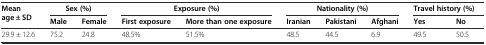
<table><thead><tr><td rowspan="2"><b>Mean age ± SD</b></td><td colspan="2"><b>Sex (%)</b></td><td colspan="2"><b>Exposure (%)</b></td><td colspan="3"><b>Nationality (%)</b></td><td colspan="2"><b>Travel history (%)</b></td></tr><tr><td><b>Male</b></td><td><b>Female</b></td><td><b>First exposure</b></td><td><b>More than one exposure</b></td><td><b>Iranian</b></td><td><b>Pakistani</b></td><td><b>Afghani</b></td><td><b>Yes</b></td><td><b>No</b></td></tr></thead><tbody><tr><td>29.9 ± 12.6</td><td>75.2</td><td>24.8</td><td>48.5%</td><td>51.5%</td><td>48.5</td><td>44.5</td><td>6.9</td><td>49.5</td><td>50.5</td></tr></tbody></table>